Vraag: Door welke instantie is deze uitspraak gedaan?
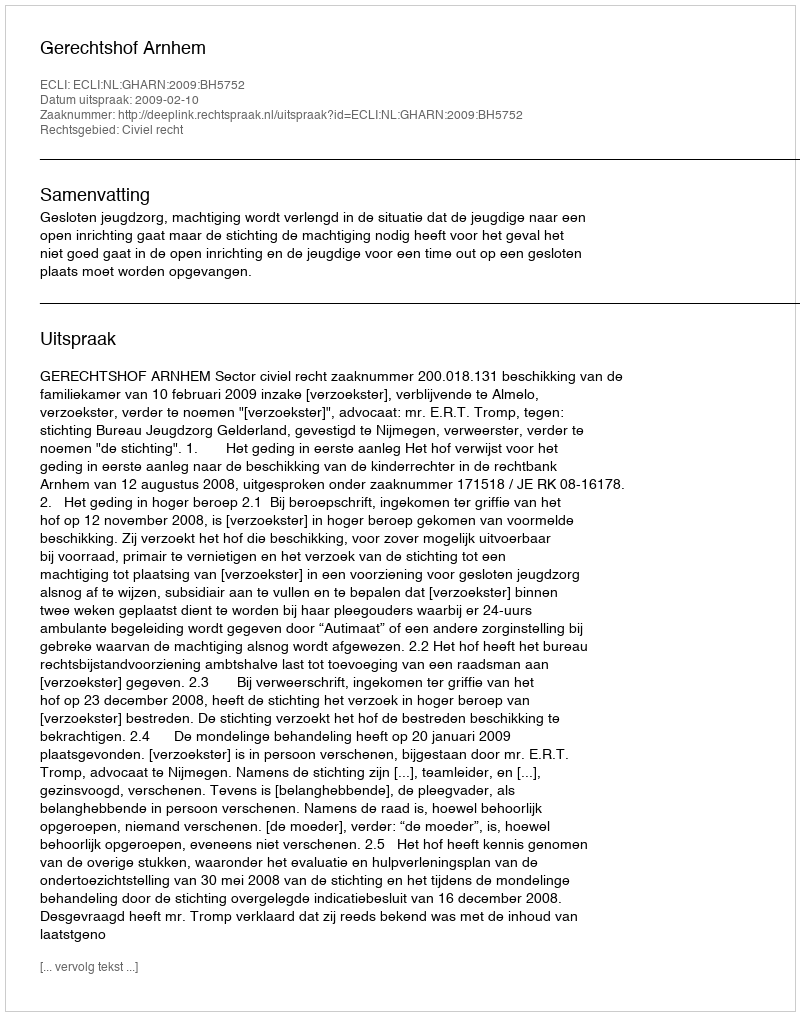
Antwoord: Gerechtshof Arnhem